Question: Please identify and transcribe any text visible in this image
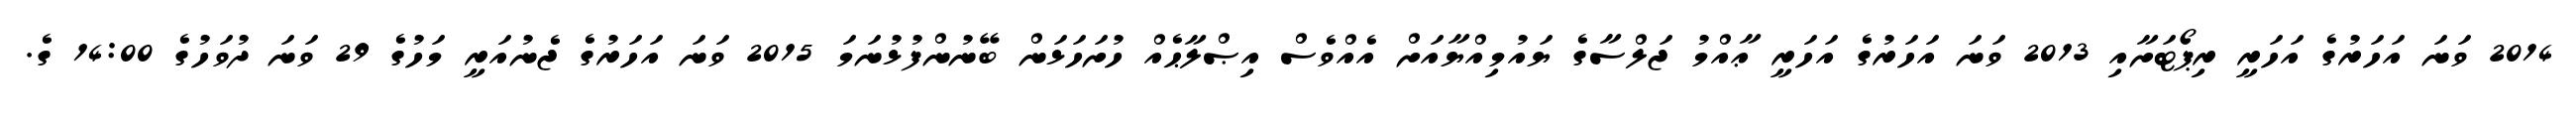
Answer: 2014 ވަނަ އަހަރުގެ އަހަރީ ރިޕޯޓަށާއި 2013 ވަނަ އަހަރުގެ އަހަރީ ޢާއްމު ޖަލްސާގެ ޔައުމިއްޔާއަށް އެއްވެސް އިޞްލާޙެއް ހުށަހަޅަން ބޭނުންފުޅުނަމަ 2015 ވަނަ އަހަރުގެ ޖެނުއަރީ މަހުގެ 29 ވަނަ ދުވަހުގެ 14:00 ގެ.